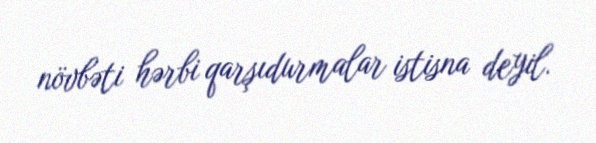
növbəti hərbi qarşıdurmalar istisna deyil.